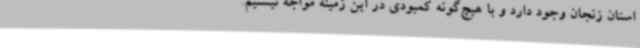
استان زنجان وجود دارد و با هیچ‌گونه کمبودی در این زمینه مواجه نیستیم.